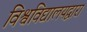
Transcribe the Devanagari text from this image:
विश्वविद्यालयद्वारा